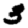
Digit: 3